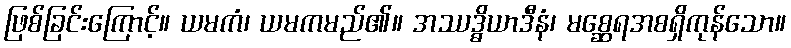
ဖြစ်ခြင်းကြောင့်။ ယမကံ၊ ယမကမည်၏။ အဿဒ္ဓိယာဒီနံ၊ မစ္ဆေရအစရှိကုန်သော။